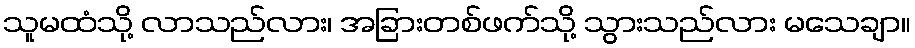
သူမထံသို့ လာသည်လား၊ အခြားတစ်ဖက်သို့ သွားသည်လား မသေချာ။